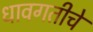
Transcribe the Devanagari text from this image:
धावगतीचे